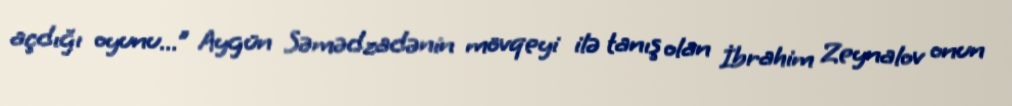
açdığı oyunu...” Aygün Səmədzadənin mövqeyi ilə tanış olan İbrahim Zeynalov onun